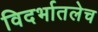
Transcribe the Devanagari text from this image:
विदर्भातलेच